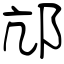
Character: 邟